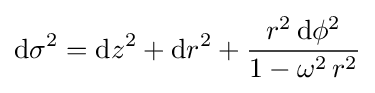
\mathrm {d} \sigma ^{2}=\mathrm {d} z^{2}+\mathrm {d} r^{2}+{\frac {r^{2}\,\mathrm {d} \phi ^{2}}{1-\omega ^{2}\,r^{2}}}